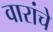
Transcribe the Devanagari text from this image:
वारांचे